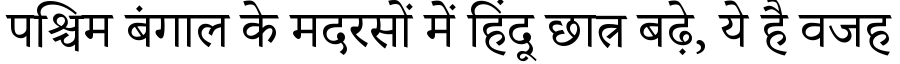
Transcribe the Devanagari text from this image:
पश्चिम बंगाल के मदरसों में हिंदू छात्र बढ़े, ये है वजह